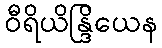
ဝီရိယိန္ဒြိယေန